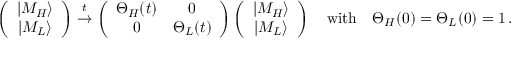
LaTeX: \left( \begin{array} { c } { { | M _ { H } \rangle } } \\ { { | M _ { L } \rangle } } \end{array} \right) \stackrel { t } { \to } \left( \begin{array} { c c } { { \Theta _ { H } ( t ) } } & { { 0 } } \\ { { 0 } } & { { \Theta _ { L } ( t ) } } \end{array} \right) \left( \begin{array} { c } { { | M _ { H } \rangle } } \\ { { | M _ { L } \rangle } } \end{array} \right) \quad \mathrm { w i t h } \quad \Theta _ { H } ( 0 ) = \Theta _ { L } ( 0 ) = 1 \, .